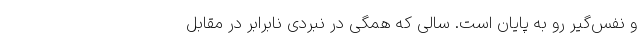
و نفس‌گیر رو به پایان است. سالی که همگی در نبردی نابرابر در مقابل